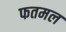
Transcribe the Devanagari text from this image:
फतमल